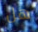
هل